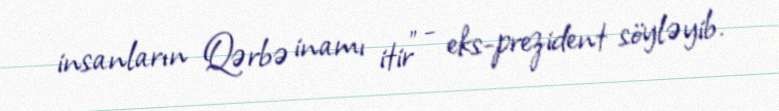
insanların Qərbə inamı itir” - eks-prezident söyləyib.